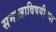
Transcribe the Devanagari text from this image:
समाजाविषयीच्या